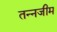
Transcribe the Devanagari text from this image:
तन्नजीम